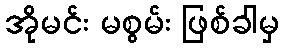
အိုမင်း မစွမ်း ဖြစ်ခါမှ